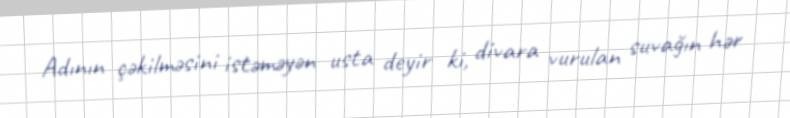
Adının çəkilməsini istəməyən usta deyir ki, divara vurulan suvağın hər